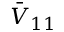
\bar { V } _ { 1 1 }